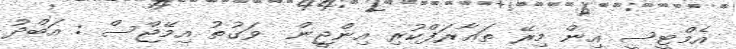
އެމްޓީސީ އިން މިރޭ ތަޢާރަފްކުރި އިންޖީން  ވަގުތު އިމޭޖްސް : އަބްދު